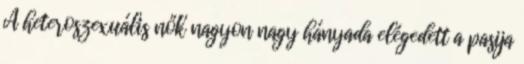
A heteroszexuális nők nagyon nagy hányada elégedett a pasija